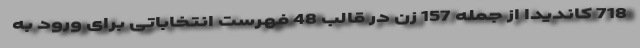
718 کاندیدا از جمله 157 زن در قالب 48 فهرست انتخاباتی برای ورود به